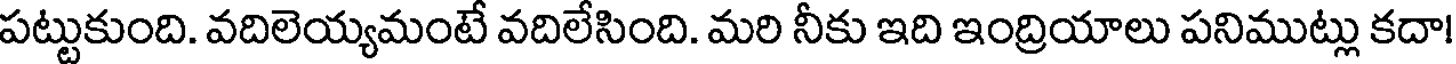
పట్టుకుంది. వదిలెయ్యమంటే వదిలేసింది. మరి నీకు ఇది ఇంద్రియాలు పనిముట్లు కదా